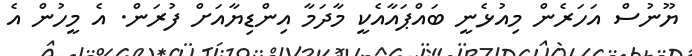
ޔޫނުސް އަހަރެން މިއުޅެނީ ބައްޕައާއެކީ މާދަމާ އިންޑިޔާއަށް ފުރަން. އެ މީހުން އެ